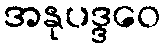
အနုပဒ္ဒဝေ